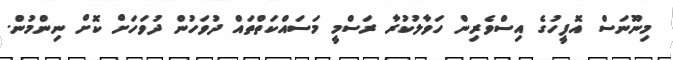
މިނޫނަސް އޮފީހުގެ އިސްވެރިން ހަވާލުކުރާ ރަސްމީ މަސައްކަތްތައް ދުވަހުން ދުވަހަށް ކޮށް ނިންމުން.